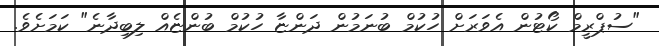
"ސުޕްރީމް ކޯޓުން އެވަރަށް ހުކުމް ބުނަމުން ދަންޏާ ހުކުމް ބުންޏެއް ލިބިދާނެ" ކަމަށެވެ.